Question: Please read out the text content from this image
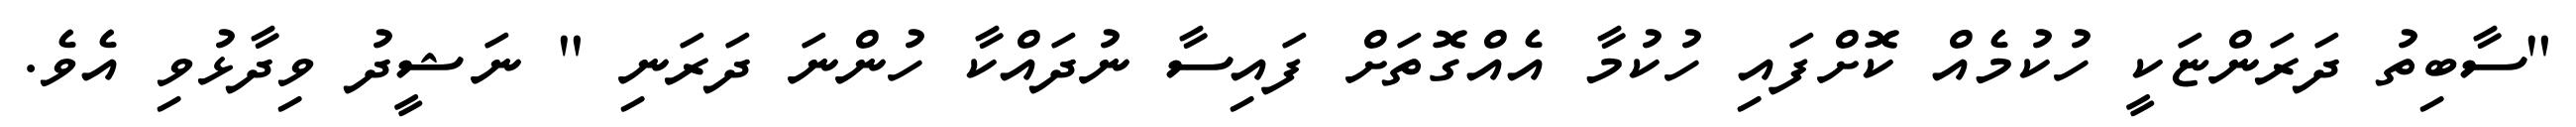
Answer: "ސާބިތު ދަރަންޏަކީ ހުކުމެއް ކޮށްފައި ހުކުމާ އެއްގޮތަށް ފައިސާ ނުދައްކާ ހުންނަ ދަރަނި " ނަޝީދު ވިދާޅުވި އެވެ.